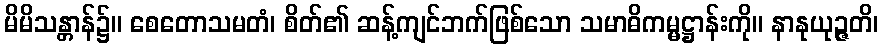
မိမိသန္တာန်၌။ စေတောသမတံ၊ စိတ်၏ ဆန့်ကျင်ဘက်ဖြစ်သော သမာဓိကမ္မဋ္ဌာန်းကို။ နာနုယုဉ္ဇတိ၊